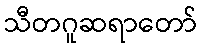
သီတဂူဆရာတော်